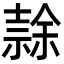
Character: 𭐘